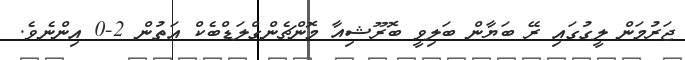
ޖަރުމަން ލީގުގައި ރޭ ބަޔާން ބަލިވީ ބޮރޫޝިއާ މޮންޗެންގްލަޑްބެކް އަތުން 2-0 އިންނެވެ.